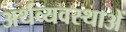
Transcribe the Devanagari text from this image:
अर्थव्यवस्थाअें